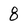
Character: 8